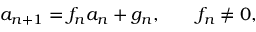
a _ { n + 1 } = f _ { n } a _ { n } + g _ { n } , \qquad f _ { n } \neq 0 ,